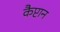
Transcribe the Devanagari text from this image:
कैप्टान